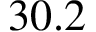
3 0 . 2